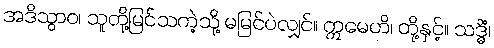
အဒိသွာဝ၊ သူတို့မြင်သကဲ့သို့ မမြင်ပဲလျှင်။ ဣမေဟိ၊ တို့နှင့်။ သဒ္ဓိံ၊